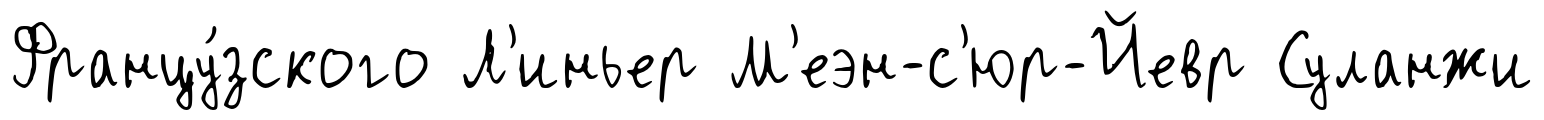
Францу́зского Л'иньер М'еэн-с'юр-Йевр Суланжи